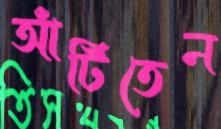
আঁটিতেন